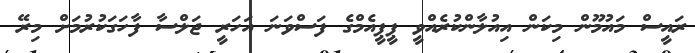
ރައީސް މައުމޫން މިކަން އިއުލާންކުރެއްވީ ޕީޕީއެމްގެ ފަސްވަނަ އަހަރީ ޖަލްސާ ފާހަގަކުރުމަށް މިރޭ